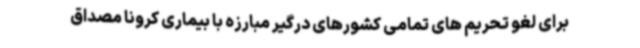
برای لغو تحریم های تمامی کشورهای درگیر مبارزه با بیماری کرونا مصداق